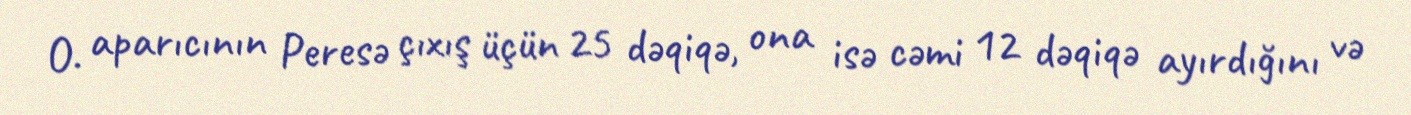
O. aparıcının Peresə çıxış üçün 25 dəqiqə, ona isə cəmi 12 dəqiqə ayırdığını və